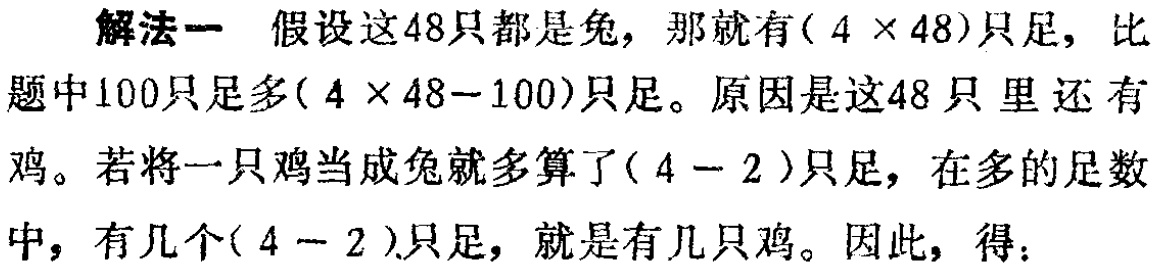
解法一 假设这48只都是兔，那就有\((4\times48)\)只足，比题中100只足多\((4\times48 - 100)\)只足。原因是这48只里还有鸡。若将一只鸡当成兔就多算了\((4 - 2)\)只足，在多的足数中，有几个\((4 - 2)\)只足，就是有几只鸡。因此，得：